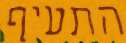
התעיף